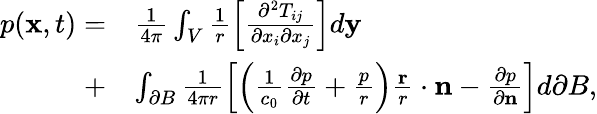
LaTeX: \begin{array}{rl}{p(\mathbf{x},t)=}&{\frac{1}{4\pi}\int_{V}\frac{1}{r}\Big[\frac{\partial^{2}T_{ij}}{\partial x_{i}\partial x_{j}}\Big]d\mathbf{y}}\\ {+}&{\int_{\partial B}\frac{1}{4\pi r}\left[\left(\frac{1}{c_{0}}\frac{\partial p}{\partial t}+\frac{p}{r}\right)\frac{\mathbf{r}}{r}\cdot\mathbf{n}-\frac{\partial p}{\partial\mathbf{n}}\right]d\partial B,}\end{array}